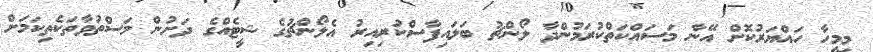
މިމީހާ ހައްޔަރުކޮށް އޭނާ މަސައްކަތްކުރަމުންދާ ލޯންޗު ބަލައިފާސްކުރިއިރު އެލޯންޗުގެ ޝީޓެއްގެ ދަށުން މަސްތުވާތަކެތިކަމަށް